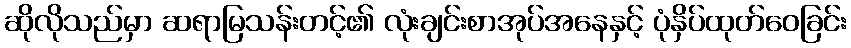
ဆိုလိုသည်မှာ ဆရာမြသန်းတင့်၏ လုံးချင်းစာအုပ်အနေနှင့် ပုံနှိပ်ထုတ်ဝေခြင်း